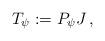
LaTeX: \begin{align*}T_\psi := P_\psi J\,,\end{align*}